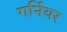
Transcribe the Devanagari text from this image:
गर्नियर